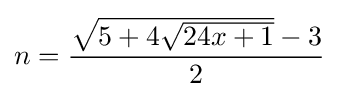
n={\frac {{\sqrt {5+4{\sqrt {24x+1}}}}-3}{2}}